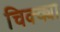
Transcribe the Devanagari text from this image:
चिक्क्या